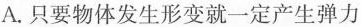
A.只要物体发生形变就一定产生弹力